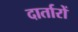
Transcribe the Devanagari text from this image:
दार्तारों